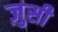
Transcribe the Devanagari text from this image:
ज़ुसी